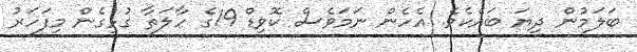
ބަލަމުން ދިޔަ ބައެކެވެ. އެހެން ނަމަވެސް ކޮވިޑް 19ގެ ހާލަތާ ގުޅިގެން މިފަހަރު